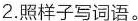
2.样子写词语。